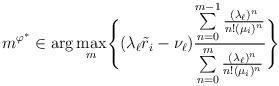
LaTeX: \begin{align*}m^{\varphi^{*}}\in \arg\max\limits_{m} \Biggl\{(\lambda_{\ell} \tilde{r}_{i} - \nu_{\ell})\frac{\sum\limits_{n=0}^{m-1}\frac{(\lambda_{\ell})^n}{n! (\mu_{i})^{n}}}{\sum\limits_{n=0}^{m}\frac{(\lambda_{\ell})^n}{n! (\mu_{i})^n}}\Biggr\}\end{align*}